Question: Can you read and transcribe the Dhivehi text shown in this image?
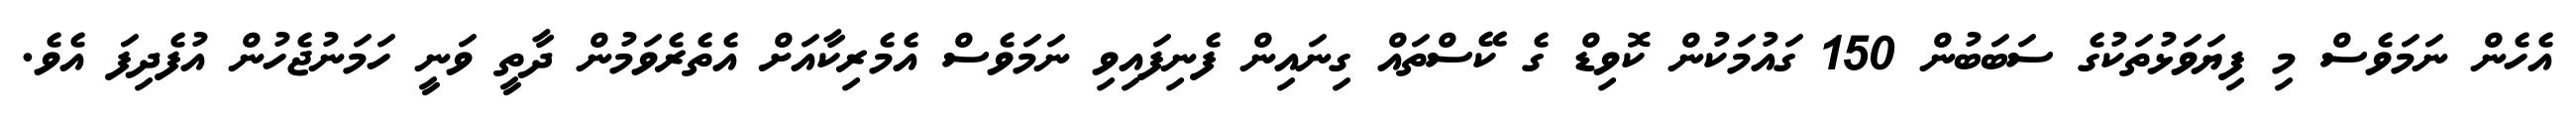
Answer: އެހެން ނަމަވެސް މި ފިޔަވަޅުތަކުގެ ސަބަބުން 150 ގައުމަކުން ކޮވިޑް ގެ ކޭސްތައް ގިނައިން ފެނިފައިވި ނަމަވެސް އެމެރިކާއަށް އެތެރެވަމުން ދާތީ ވަނީ ހަމަނުޖެހުން އުފެދިފަ އެވެ.